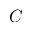
C